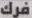
فرك